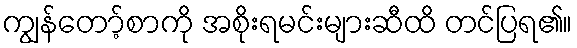
ကျွန်တော့်စာကို အစိုးရမင်းများဆီထိ တင်ပြရ၏။